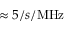
\approx 5 / s / \mathrm { M H z }